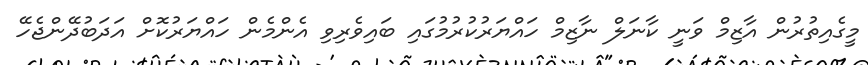
މީގެއިތުރުން އާޒިމް ވަނީ ކާނަލް ނާޒިމް ހައްޔަރުކުރުމުގައި ބައިވެރިިވި އެންމެން ހައްޔަރުކޮށް އަދަބުދޭންޖެހޭ